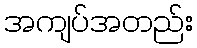
အကျပ်အတည်း